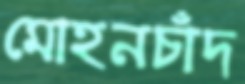
মোহনচাঁদ